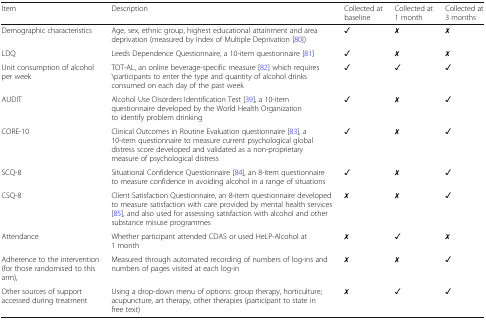
<table><thead><tr><td><b>Item</b></td><td><b>Description</b></td><td><b>Collected at baseline</b></td><td><b>Collected at 1 month</b></td><td><b>Collected at 3 months</b></td></tr></thead><tbody><tr><td>Demographic characteristics</td><td>Age, sex, ethnic group, highest educational attainment and area deprivation (measured by Index of Multiple Deprivation [80])</td><td>✓</td><td>✗</td><td>✗</td></tr><tr><td>LDQ</td><td>Leeds Dependence Questionnaire, a 10-item questionnaire [81]</td><td>✓</td><td>✗</td><td>✗</td></tr><tr><td>Unit consumption of alcohol per week</td><td>TOT-AL, an online beverage-specific measure [82] which requires \participants to enter the type and quantity of alcohol drinks consumed on each day of the past week</td><td>✓</td><td>✓</td><td>✓</td></tr><tr><td>AUDIT</td><td>Alcohol Use Disorders Identification Test [39], a 10-item questionnaire developed by the World Health Organization to identify problem drinking</td><td>✓</td><td>✗</td><td>✓</td></tr><tr><td>CORE-10</td><td>Clinical Outcomes in Routine Evaluation questionnaire [83], a 10-item questionnaire to measure current psychological global distress score developed and validated as a non-proprietary measure of psychological distress</td><td>✓</td><td>✗</td><td>✓</td></tr><tr><td>SCQ-8</td><td>Situational Confidence Questionnaire [84], an 8-item questionnaire to measure confidence in avoiding alcohol in a range of situations</td><td>✓</td><td>✗</td><td>✓</td></tr><tr><td>CSQ-8</td><td>Client Satisfaction Questionnaire, an 8-item questionnaire developed to measure satisfaction with care provided by mental health services [85], and also used for assessing satisfaction with alcohol and other substance misuse programmes</td><td>✗</td><td>✗</td><td>✓</td></tr><tr><td>Attendance</td><td>Whether participant attended CDAS or used HeLP-Alcohol at 1 month</td><td>✗</td><td>✓</td><td>✗</td></tr><tr><td>Adherence to the intervention (for those randomised to this arm),</td><td>Measured through automated recording of numbers of log-ins and numbers of pages visited at each log-in</td><td>✗</td><td>✗</td><td>✓</td></tr><tr><td>Other sources of support accessed during treatment</td><td>Using a drop-down menu of options: group therapy, horticulture; acupuncture, art therapy, other therapies (participant to state in free text)</td><td>✗</td><td>✓</td><td>✓</td></tr></tbody></table>